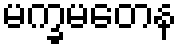
မက္ခမတေန